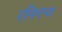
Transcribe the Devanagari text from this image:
रनिगन्ज